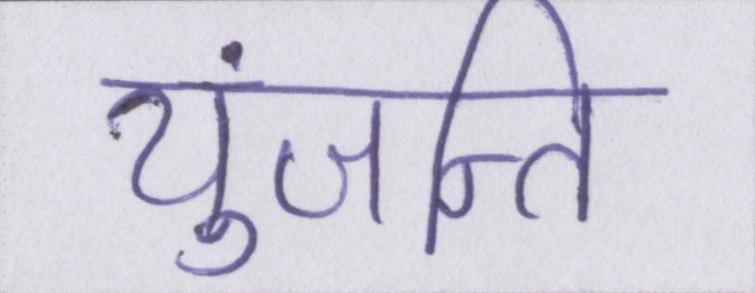
युंजन्ति